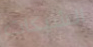
الشيكات